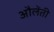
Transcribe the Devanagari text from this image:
औलेंती